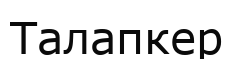
Талапкер